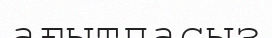
ағытпасыз